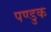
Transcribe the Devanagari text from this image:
पण्डुक